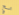
مع